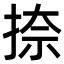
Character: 捺